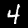
Label: 4